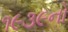
૧૯૩૯નો